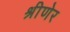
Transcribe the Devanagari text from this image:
श्रीणेर